Civil Veterinary Dept. North-West Frontier Province 1933-46 - 1933-1946
Year: 1933
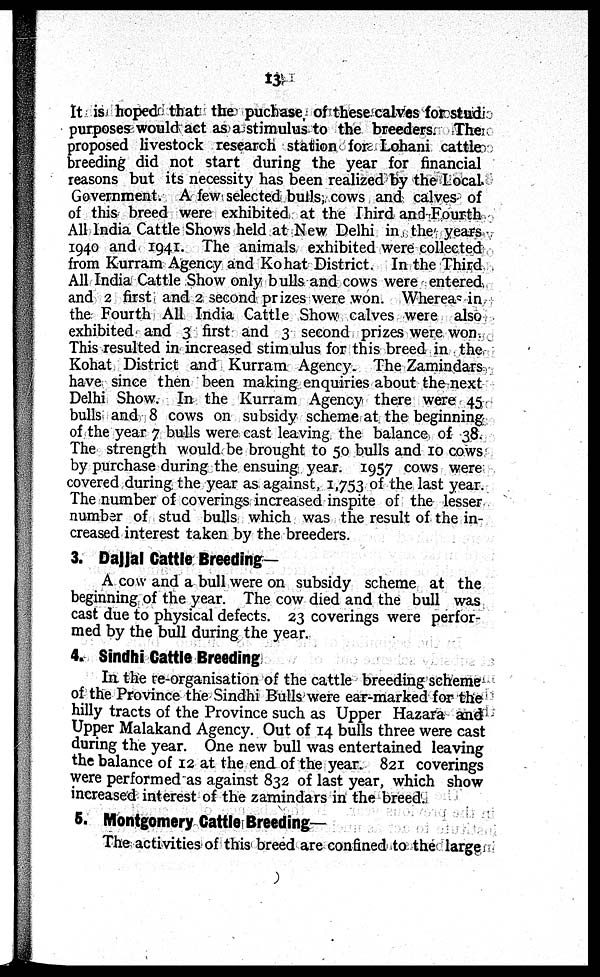
13
It is hoped that the puchase of these calves for stud
purposes would act as a stimulus to the breeders. The
proposed livestock research station for Lohani cattle
breeding did not start during the year for financial
reasons but its necessity has been realized by the Local
Government. A few selected bulls, cows and calves of
of this breed were exhibited at the Third and Fourth
All India Cattle Shows held at New Delhi in the years
1940 and 1941. The animals exhibited were collected
from Kurram Agency and Kohat District. In the Third
All India Cattle Show only bulls and cows were entered
and 2 first and 2 second prizes were won. Whereas in
the Fourth All India Cattle Show calves were also
exhibited and 3 first and 3 second prizes were won.
This resulted in increased stimulus for this breed in the
Kohat District and Kurram Agency. The Zamindars
have since then been making enquiries about the next
Delhi Show. In the Kurram Agency there were 45
bulls and 8 cows on subsidy scheme at the beginning
of the year 7 bulls were cast leaving the balance of 38.
The strength would be brought to 50 bulls and 10 cows
by purchase during the ensuing year. 1957 cows were
covered during the year as against, 1,753 of the last year.
The number of coverings increased inspite of the lesser
number of stud bulls which was the result of the in-
creased interest taken by the breeders.
3. Dajjal Cattle Breeding—
A cow and a bull were on subsidy scheme at the
beginning of the year. The cow died and the bull was
cast due to physical defects. 23 coverings were perfor-
med by the bull during the year.
4. Sindhi Cattle Breeding
In the re-organisation of the cattle breeding scheme
of the Province the Sindhi Bulls were ear-marked for the
hilly tracts of the Province such as Upper Hazara and
Upper Malakand Agency. Out of 14 bulls three were cast
during the year. One new bull was entertained leaving
the balance of 12 at the end of the year. 821 coverings
were performed as against 832 of last year, which show
increased interest of the zamindars in the breed.
5. Montgomery Cattle Breeding—
The activities of this breed are confined to the large